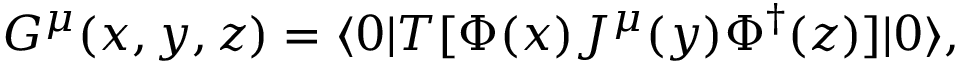
G ^ { \mu } ( x , y , z ) = \langle 0 | T [ \Phi ( x ) J ^ { \mu } ( y ) \Phi ^ { \dagger } ( z ) ] | 0 \rangle ,